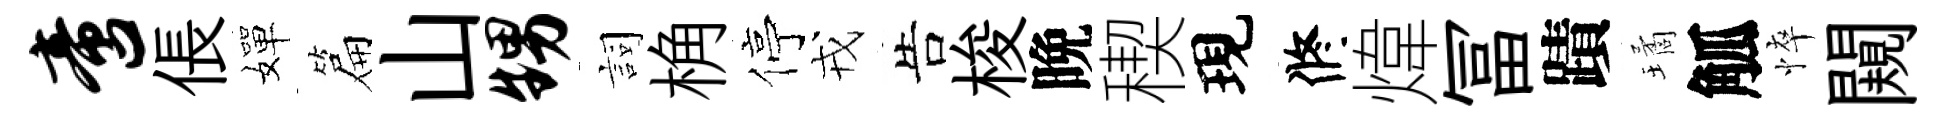
啻倀嬋篇山甥詞桷停戎告梭晩稧現修煒冨蹟璚觚悴闚